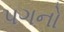
પગનો